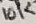
Text: 10K